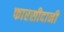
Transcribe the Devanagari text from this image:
फारसीदानी